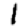
Digit: 1